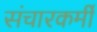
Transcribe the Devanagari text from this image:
संचारकर्मी